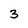
Character: 3